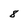
Character: 8